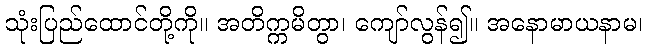
သုံးပြည်ထောင်တို့ကို။ အတိက္ကမိတွာ၊ ကျော်လွန်၍။ အနောမာယနာမ၊